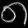
Digit: ၈